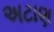
અટાણ